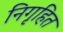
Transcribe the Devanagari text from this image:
निगृहित